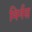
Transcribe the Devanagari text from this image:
मिर्नस